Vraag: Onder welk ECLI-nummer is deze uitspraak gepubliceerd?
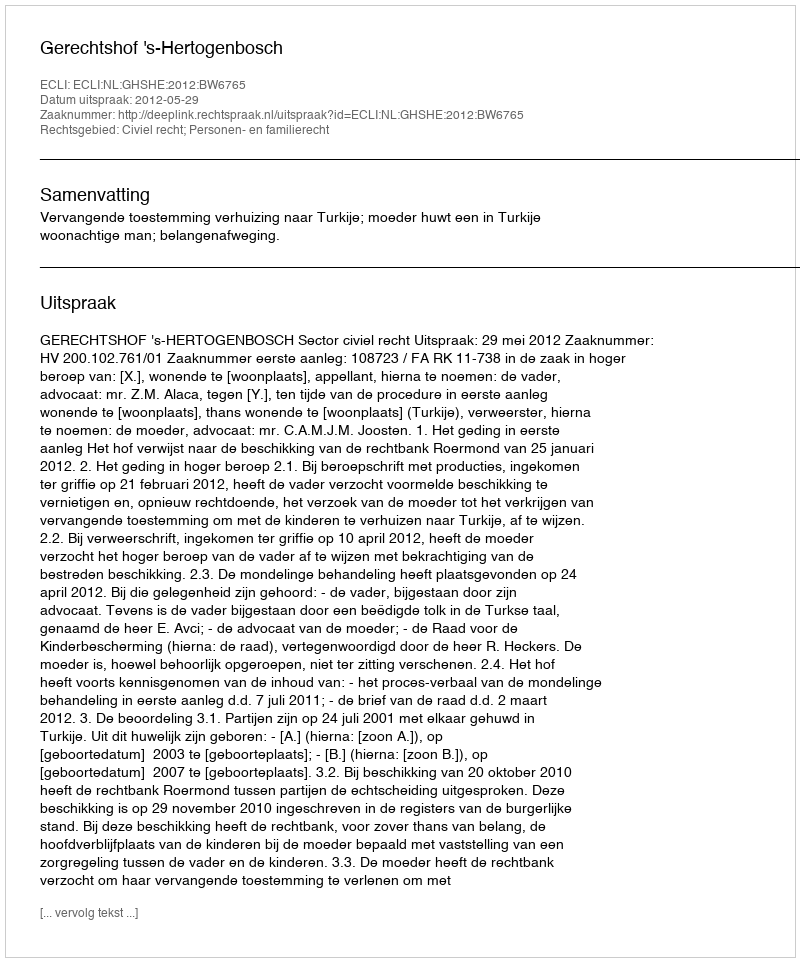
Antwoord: ECLI:NL:GHSHE:2012:BW6765